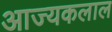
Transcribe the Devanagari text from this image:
आज्यकलाल